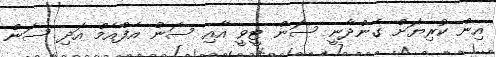
އިން ކުރިޔަށް ގެންދާނީ ސަން ޓީވީ އާއި ސަން އެފްއެމް އަދި ސަން